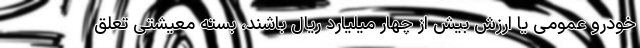
خودرو عمومی یا ارزش بیش از چهار میلیارد ریال باشند، بسته معیشتی تعلق